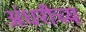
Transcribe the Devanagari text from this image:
अंधरीच्य